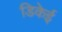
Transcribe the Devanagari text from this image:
डिकेई